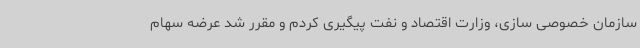
سازمان خصوصی سازی، وزارت اقتصاد و نفت پیگیری کردم و مقرر شد عرضه سهام